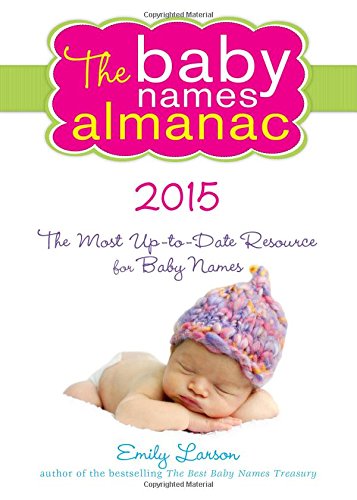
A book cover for The 2015 Baby Names Almanac; Emily Larson; Reference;